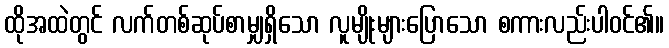
ထိုအထဲတွင် လက်တစ်ဆုပ်စာမျှရှိသော လူမျိုးများပြောသော စကားလည်းပါဝင်၏။